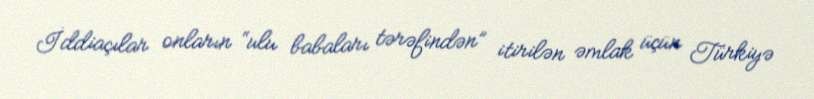
İddiaçılar onların “ulu babaları tərəfindən” itirilən əmlak üçün Türkiyə